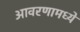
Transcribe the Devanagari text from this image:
आवरणामध्ये